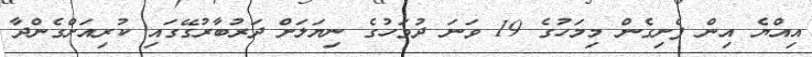
އިއްޔެ އިން ފެށިގެން މިމަހުގެ 19 ވަނަ ދުވަހުގެ ނިޔަލަށް ދަރުބާރުގޭގައި ކުރިއަށްގެންދާ